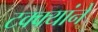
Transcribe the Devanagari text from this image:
टक्क्यांने